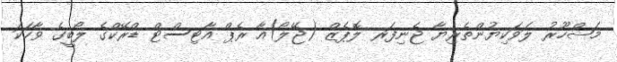
މަޝްހޫރު ލަވަކިޔުންތެރިޔާ ޖެނިފަރ ލޮޕެޒް (ޖޭލޯ)އާ ރެޕް އާޓިސްޓް ޑްރޭކްގެ ލޯބީގެ ވާހަކަ